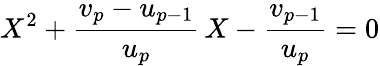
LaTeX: X^{2}+\frac{v_{p}-u_{p-1}}{u_{p}}\, X-\frac{v_{p-1}}{u_{p}}=0